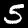
Label: 5